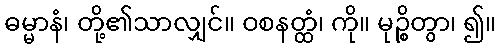
ဓမ္မာနံ၊ တို့၏သာလျှင်။ ဝစနတ္ထံ၊ ကို။ မုဉ္စိတွာ၊ ၍။